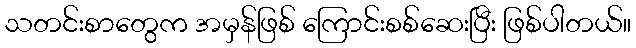
သတင်းစာတွေက အမှန်ဖြစ် ကြောင်းစစ်ဆေးပြီး ဖြစ်ပါတယ်။